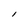
Character: l